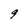
Character: 9